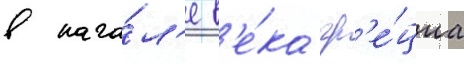
в нача́л'е в'е́ка гр'е́циа